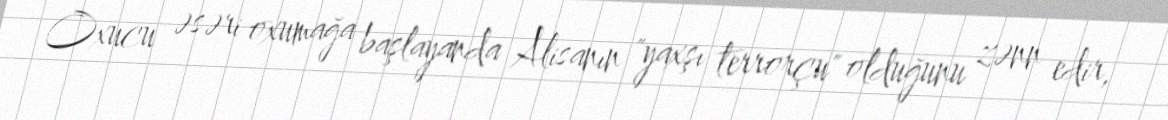
Oxucu əsəri oxumağa başlayanda Alisanın "yaxşı terrorçu" olduğunu zənn edir,